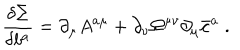
\frac { \delta \Sigma } { \delta b ^ { a } } = \partial _ { \mu } A ^ { a \mu } + \partial _ { \nu } \Omega ^ { \mu \nu } \partial _ { \mu } \bar { c } ^ { a } \; .